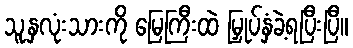
သူ့နှလုံးသားကို မြေကြီးထဲ မြှုပ်နှံခဲ့ရပြီးပြီ။